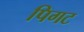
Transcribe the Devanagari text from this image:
पिगट